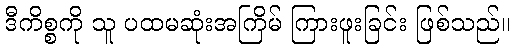
ဒီကိစ္စကို သူ ပထမဆုံးအကြိမ် ကြားဖူးခြင်း ဖြစ်သည်။